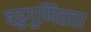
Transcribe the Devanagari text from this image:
बहुगुणितता